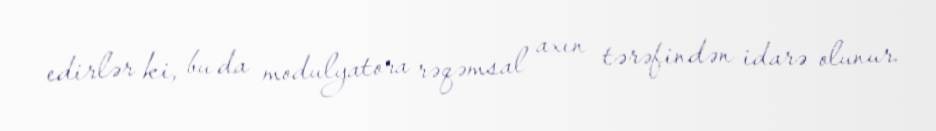
edirlər ki, bu da modulyatora rəqəmsal axın tərəfindən idarə olunur.